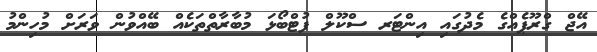
އޭޖް ގްރޫޕެއްގެ މެދުގައި އިންޓަރ ސްކޫލް ފުޓްބޯޅަ މުބާރާތްތަކެއް ބޭއްވުން ވަރަށް މުހިންމު